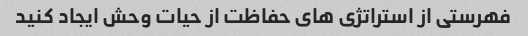
فهرستی از استراتژی های حفاظت از حیات وحش ایجاد کنید